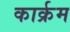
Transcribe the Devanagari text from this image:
कार्क्रम